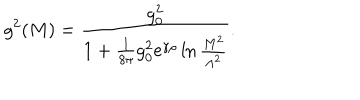
LaTeX: g ^ { 2 } ( M ) = { \frac { g _ { 0 } ^ { 2 } } { 1 + { \frac { 1 } { 8 \pi } } g _ { 0 } ^ { 2 } \mathrm { e } ^ { \gamma \rho } \ln { \frac { M ^ { 2 } } { \Lambda ^ { 2 } } } } } .